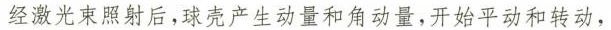
经激光束照射后，球壳产生动量和角动量，开始平动和转动，